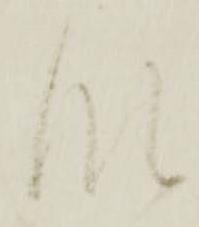
段